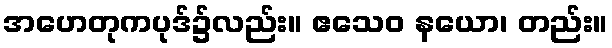
အဟေတုကပုဒ်၌လည်း။ ဧသေဝ နယော၊ တည်း။